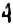
4